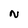
Character: N